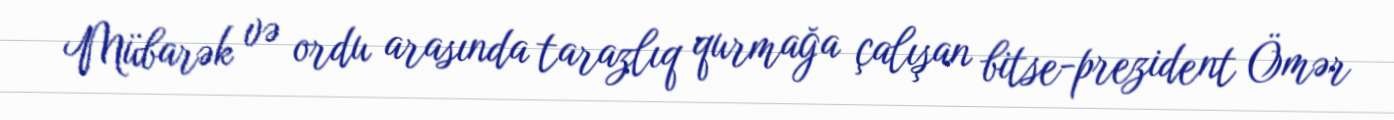
Mübarək və ordu arasında tarazlıq qurmağa çalışan bitse-prezident Ömər